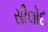
સીલોદ